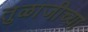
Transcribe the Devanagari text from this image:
तुळाजीच्या